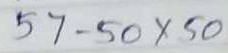
57 - 50 x 50